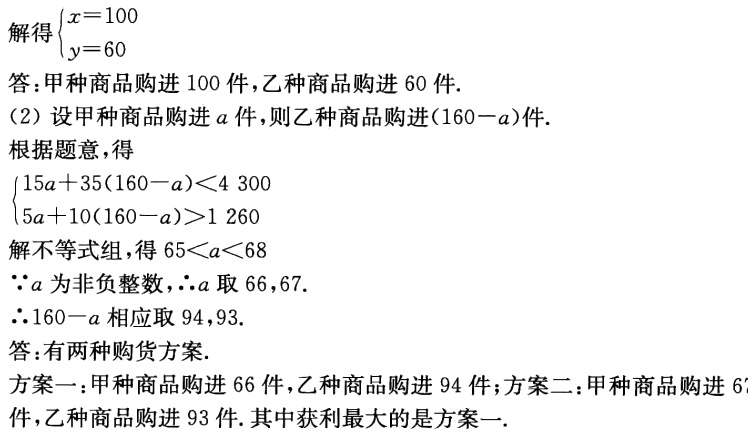
解得$\begin{cases}x = 100\\y = 60\end{cases}$

答：甲种商品购进 100 件，乙种商品购进 60 件.

（2）设甲种商品购进\(a\)件，则乙种商品购进\((160 - a)\)件.

根据题意，得

\(\begin{cases}15a + 35(160 - a) < 4300\\5a + 10(160 - a) > 1260\end{cases}\)

解不等式组，得\(65 < a < 68\)

\(\because a\)为非负整数，\(\therefore a\)取 66,67.

\(\therefore 160 - a\)相应取 94,93.

答：有两种购货方案.

方案一：甲种商品购进 66 件，乙种商品购进 94 件；方案二：甲种商品购进  件，乙种商品购进 93 件. 其中获利最大的是方案一.